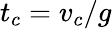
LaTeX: t_{c}=v_{c}/g